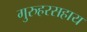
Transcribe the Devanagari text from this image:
गुरुहरसहाय